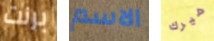
برنت الاسم هيرك